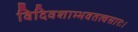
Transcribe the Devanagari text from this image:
विदिवशाम्भवतत्वसारः।